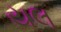
યલ